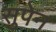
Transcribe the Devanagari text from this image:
सुपेन